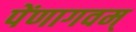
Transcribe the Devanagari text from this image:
पेंणागवम्